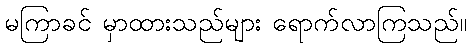
မကြာခင် မှာထားသည်များ ရောက်လာကြသည်။